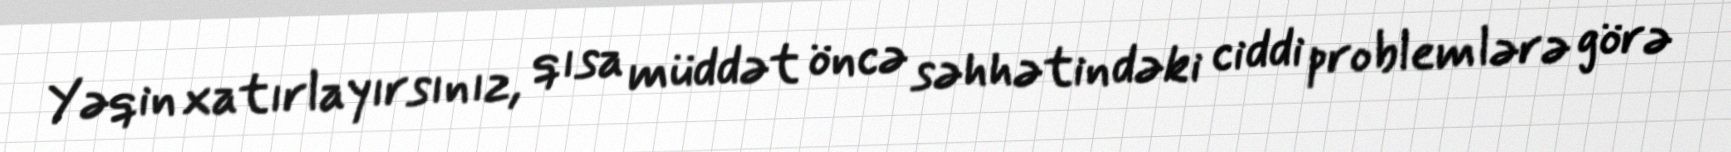
Yəqin xatırlayırsınız, qısa müddət öncə səhhətindəki ciddi problemlərə görə